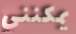
يمكنني